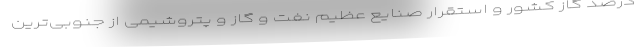
درصد گاز کشور و استقرار صنایع عظیم نفت و گاز و پتروشیمی از جنوبی‌ترین